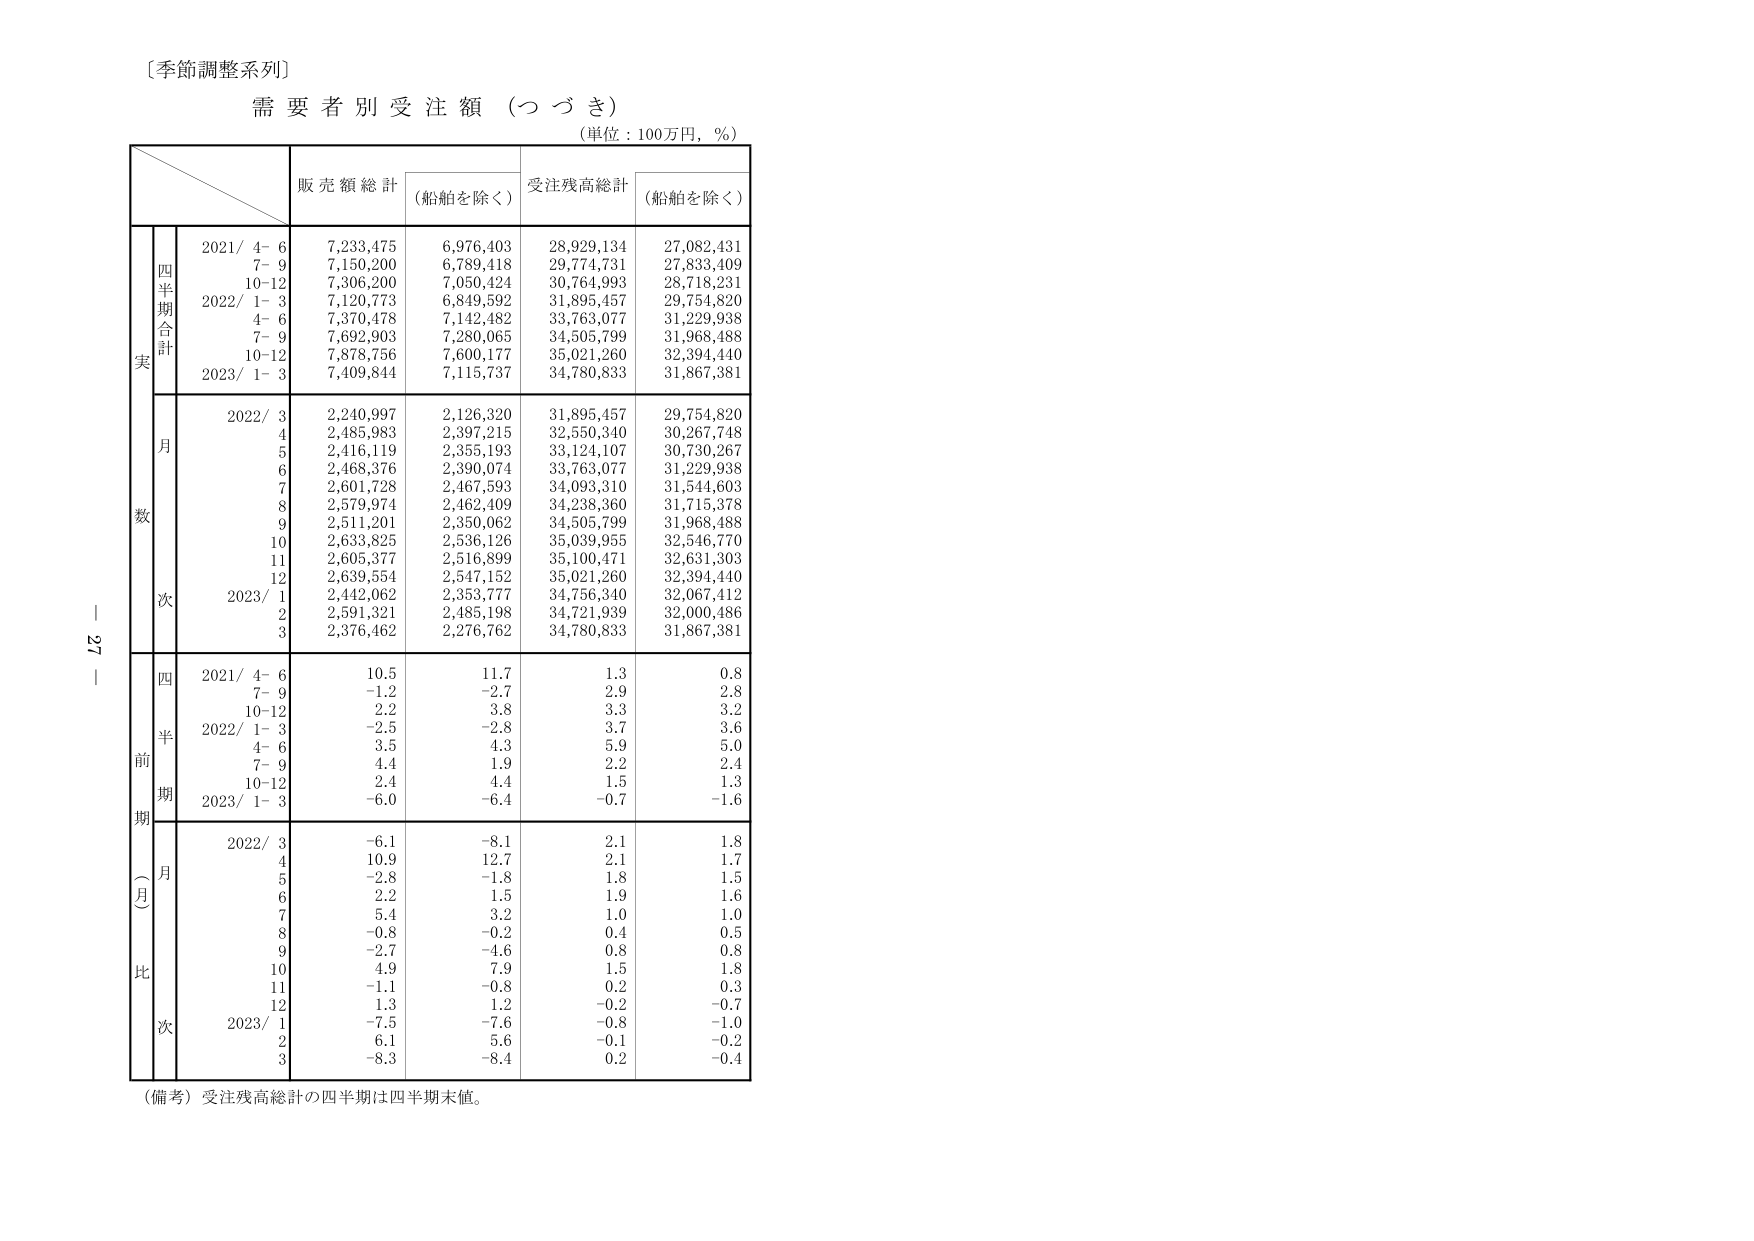
〔季節調整系列〕
需要者別受注額（つづき）
（単位：100万円，％）

販売額総計 （船舶を除く） 受注残高総計 （船舶を除く）

四半期合計
実
2021/ 4- 6 7,233,475 6,976,403 28,929,134 27,082,431
7- 9 7,150,200 6,789,418 29,774,731 27,833,409
10-12 7,306,200 7,050,424 30,764,993 28,718,231
2022/ 1- 3 7,120,773 6,849,592 31,895,457 29,754,820
4- 6 7,370,478 7,142,482 33,763,077 31,229,938
7- 9 7,692,903 7,280,065 34,505,799 31,968,488
10-12 7,878,756 7,600,177 35,021,260 32,394,440
2023/ 1- 3 7,409,844 7,115,737 34,780,833 31,867,381

月
数
2022/ 3 2,240,997 2,126,320 31,895,457 29,754,820
4 2,485,983 2,397,215 32,550,340 30,267,748
5 2,416,119 2,355,193 33,124,107 30,730,267
6 2,468,376 2,390,074 33,763,077 31,229,938
7 2,601,728 2,467,593 34,093,310 31,544,603
8 2,579,974 2,462,409 34,238,360 31,715,378
9 2,511,201 2,350,062 34,505,799 31,968,488
10 2,633,825 2,536,126 35,039,955 32,546,770
11 2,605,377 2,516,899 35,100,471 32,631,303
12 2,639,554 2,547,152 35,021,260 32,394,440
2023/ 1 2,442,062 2,353,777 34,756,340 32,067,412
2 2,591,321 2,485,198 34,721,939 32,000,486
3 2,376,462 2,276,762 34,780,833 31,867,381

四
半
前
期
（月）
比
次
2021/ 4- 6 10.5 11.7 1.3 0.8
7- 9 -1.2 -2.7 2.9 2.8
10-12 2.2 3.8 3.3 3.2
2022/ 1- 3 -2.5 -2.8 3.7 3.6
4- 6 3.5 4.3 5.9 5.0
7- 9 4.4 1.9 2.2 2.4
10-12 2.4 4.4 1.5 1.3
2023/ 1- 3 -6.0 -6.4 -0.7 -1.6

2022/ 3 -6.1 -8.1 2.1 1.8
4 10.9 12.7 2.1 1.7
5 -2.8 -1.8 1.8 1.5
6 2.2 1.5 1.9 1.6
7 5.4 3.2 1.0 1.0
8 -0.8 -0.2 0.4 0.5
9 -2.7 -4.6 0.8 0.8
10 4.9 7.9 1.5 1.8
11 -1.1 -0.8 0.2 0.3
12 1.3 1.2 -0.2 -0.7
2023/ 1 -7.5 -7.6 -0.8 -1.0
2 6.1 5.6 -0.1 -0.2
3 -8.3 -8.4 0.2 -0.4

（備考）受注残高総計の四半期は四半期末値。

｜ 27 ｜